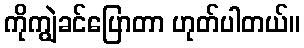
ကိုကျွဲခင်ပြောတာ ဟုတ်ပါတယ်။